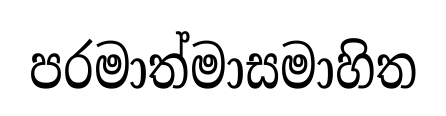
පරමාත්මාසමාහිත